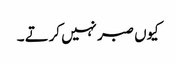
کیوں صبر نہیں کرتے ۔